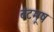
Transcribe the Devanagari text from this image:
बंटमूष